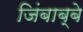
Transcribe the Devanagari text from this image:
जिंबाब्बे